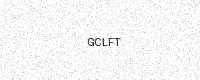
Text: GCLFT